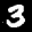
Label: 3